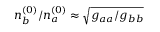
n _ { b } ^ { ( 0 ) } / n _ { a } ^ { ( 0 ) } \approx \sqrt { g _ { a a } / g _ { b b } }